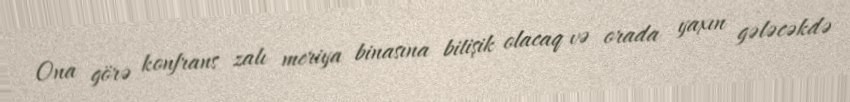
Ona görə konfrans zalı meriya binasına bitişik olacaq və orada yaxın gələcəkdə